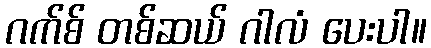
ဂက်စ် တစ်ဆယ် ဂါလံ ပေးပါ။